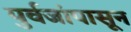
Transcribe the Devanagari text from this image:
पुर्वजांपासून